Civil Veterinary Department. United Provinces 1932-42 - 1932-1942
Year: 1932
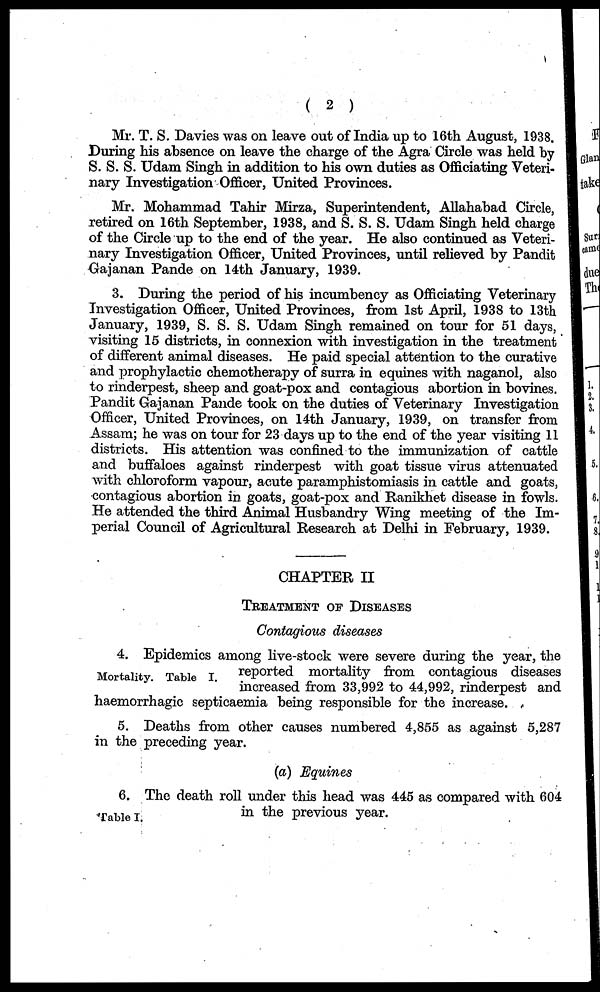
(2)
Mr. T. S. Davies was on leave out of India up to 16th August, 1938.
During his absence on leave the charge of the Agra Circle was held by
S. S. S. Udam Singh in addition to his own duties as Officiating Veteri-
nary Investigation Officer, United Provinces.
Mr. Mohammad Tahir Mirza, Superintendent, Allahabad Circle,
retired on 16th September, 1938, and S. S. S. Udam Singh held charge
of the Circle up to the end of the year. He also continued as Veteri-
nary Investigation Officer, United Provinces, until relieved by Pandit
Gajanan Pande on 14th January, 1939.
3. During the period of his incumbency as Officiating Veterinary
Investigation Officer, United Provinces, from 1st April, 1938 to 13th
January, 1939, S. S. S. Udam Singh remained on tour for 51 days,
visiting 15 districts, in connexion with investigation in the treatment
of different animal diseases. He paid special attention to the curative
and prophylactic chemotherapy of surra in equines with naganol, also
to rinderpest, sheep and goat-pox and contagious abortion in bovines.
Pandit Gajanan Pande took on the duties of Veterinary Investigation
Officer, United Provinces, on 14th January, 1939, on transfer from
Assam; he was on tour for 23 days up to the end of the year visiting 11
districts. His attention was confined to the immunization of cattle
and buffaloes against rinderpest with goat tissue virus attenuated
with chloroform vapour, acute paramphistomiasis in cattle and goats,
contagious abortion in goats, goat-pox and Ranikhet disease in fowls.
He attended the third Animal Husbandry Wing meeting of the Im-
perial Council of Agricultural Research at Delhi in February, 1939.
CHAPTER II
TREATMENT OF DISEASES
Contagious diseases
Mortality. Table I.
4. Epidemics among live-stock were severe during the year, the
reported mortality from contagious diseases
increased from 33,992 to 44,992, rinderpest and
haemorrhagic septicaemia being responsible for the increase.
5. Deaths from other causes numbered 4,855 as against 5,287
in the preceding year.
(a) Equines
Table I.
6. The death roll under this head was 445 as compared with 604
in the previous year.